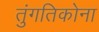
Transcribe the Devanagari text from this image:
तुंगतिकोना